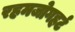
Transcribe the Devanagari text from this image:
रहमजोगहर्ट